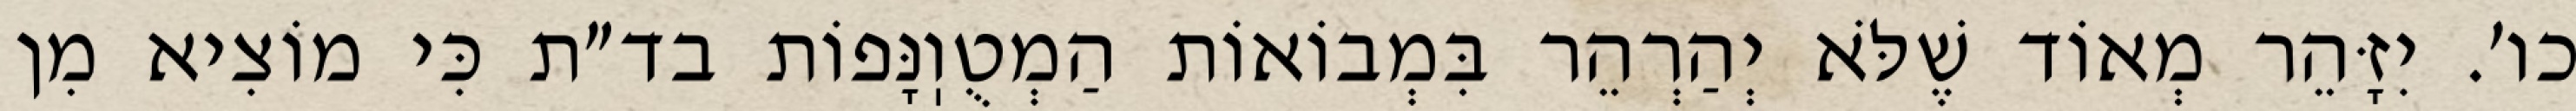
כו׳. יִזָּהֵר מְאוֹד שֶׁלֹּא יְהַרְהֵר בִּמְבוֹאוֹת הַמְטֻוֽנָּפוֹת בד״ת כִּי מוֹצִיא מִן